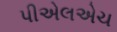
પીએલએચ